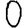
Digit: 0